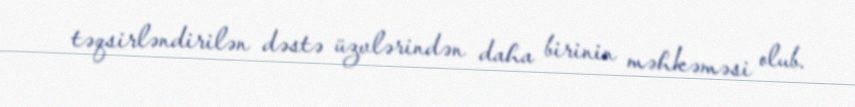
təqsirləndirilən dəstə üzvlərindən daha birinin məhkəməsi olub.